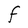
Character: F